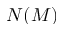
N ( M )